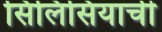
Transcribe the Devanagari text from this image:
सिलिसियाची